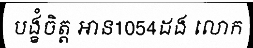
បង្ខំចិត្ត អាន1054ដង លោក